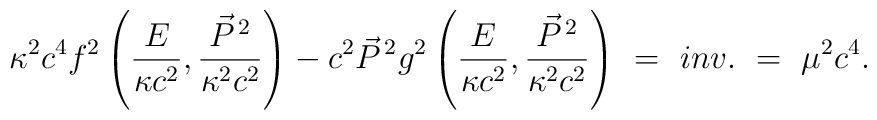
\kappa^2 c^4 f^2\left(\frac{E}{\kappa c^2} ,\frac{\vec{P}^{\,2}}{\kappa^2 c^2}\right) - c^2 \vec{P}^{\,2}  g^2\left(\frac{E}{\kappa c^2} , \frac{\vec{P}^{\,2}}{\kappa^2c^2}\right) \ = \ inv. \ = \ \mu^2 c^4 .